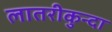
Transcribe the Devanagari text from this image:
लातरीकुन्दा